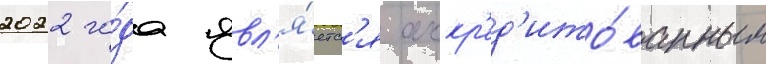
2022 го́да явл'я́етс'я аккр'ед'ито́ванным